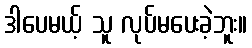
ဒါပေမယ့် သူ လုပ်မပေးခဲ့ဘူး။